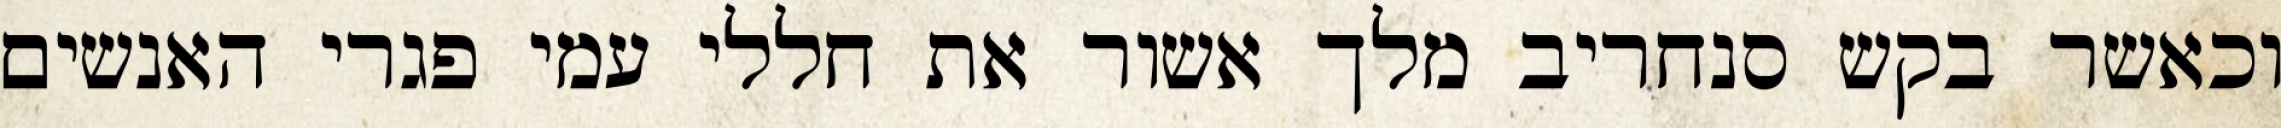
וכאשר בקש סנחריב מלך אשור את חללי עמי פגרי האנשים